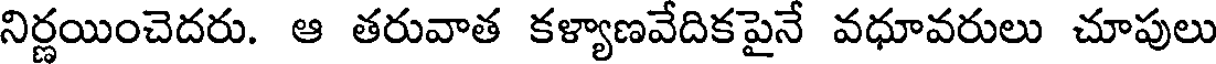
నిర్ణయించెదరు. ఆ తరువాత కళ్యాణవేదికపైనే వధూవరులు చూపులు